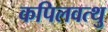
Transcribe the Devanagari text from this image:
कपिलवत्थु